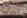
لمنزلنا